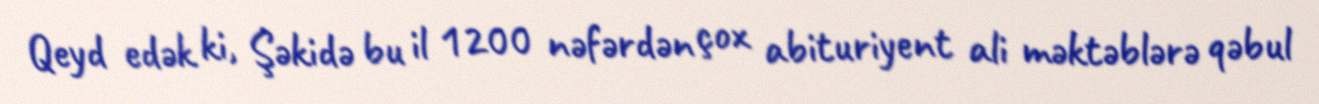
Qeyd edək ki, Şəkidə bu il 1200 nəfərdən çox abituriyent ali məktəblərə qəbul